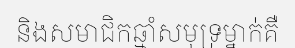
និងសមាជិកឆ្មាំសមុទ្រម្នាក់គឺ